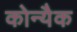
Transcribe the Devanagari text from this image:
कोन्यैक